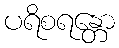
ပရိစရန္တော